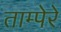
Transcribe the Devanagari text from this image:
ताम्पेरे